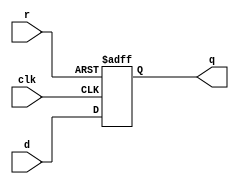
module abc9_test032(input clk, d, r, output reg q);
always @(posedge clk or posedge r)
    if (r) q <= 1'b0;
    else q <= d;
endmodule